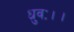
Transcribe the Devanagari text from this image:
ध्रुवः।।